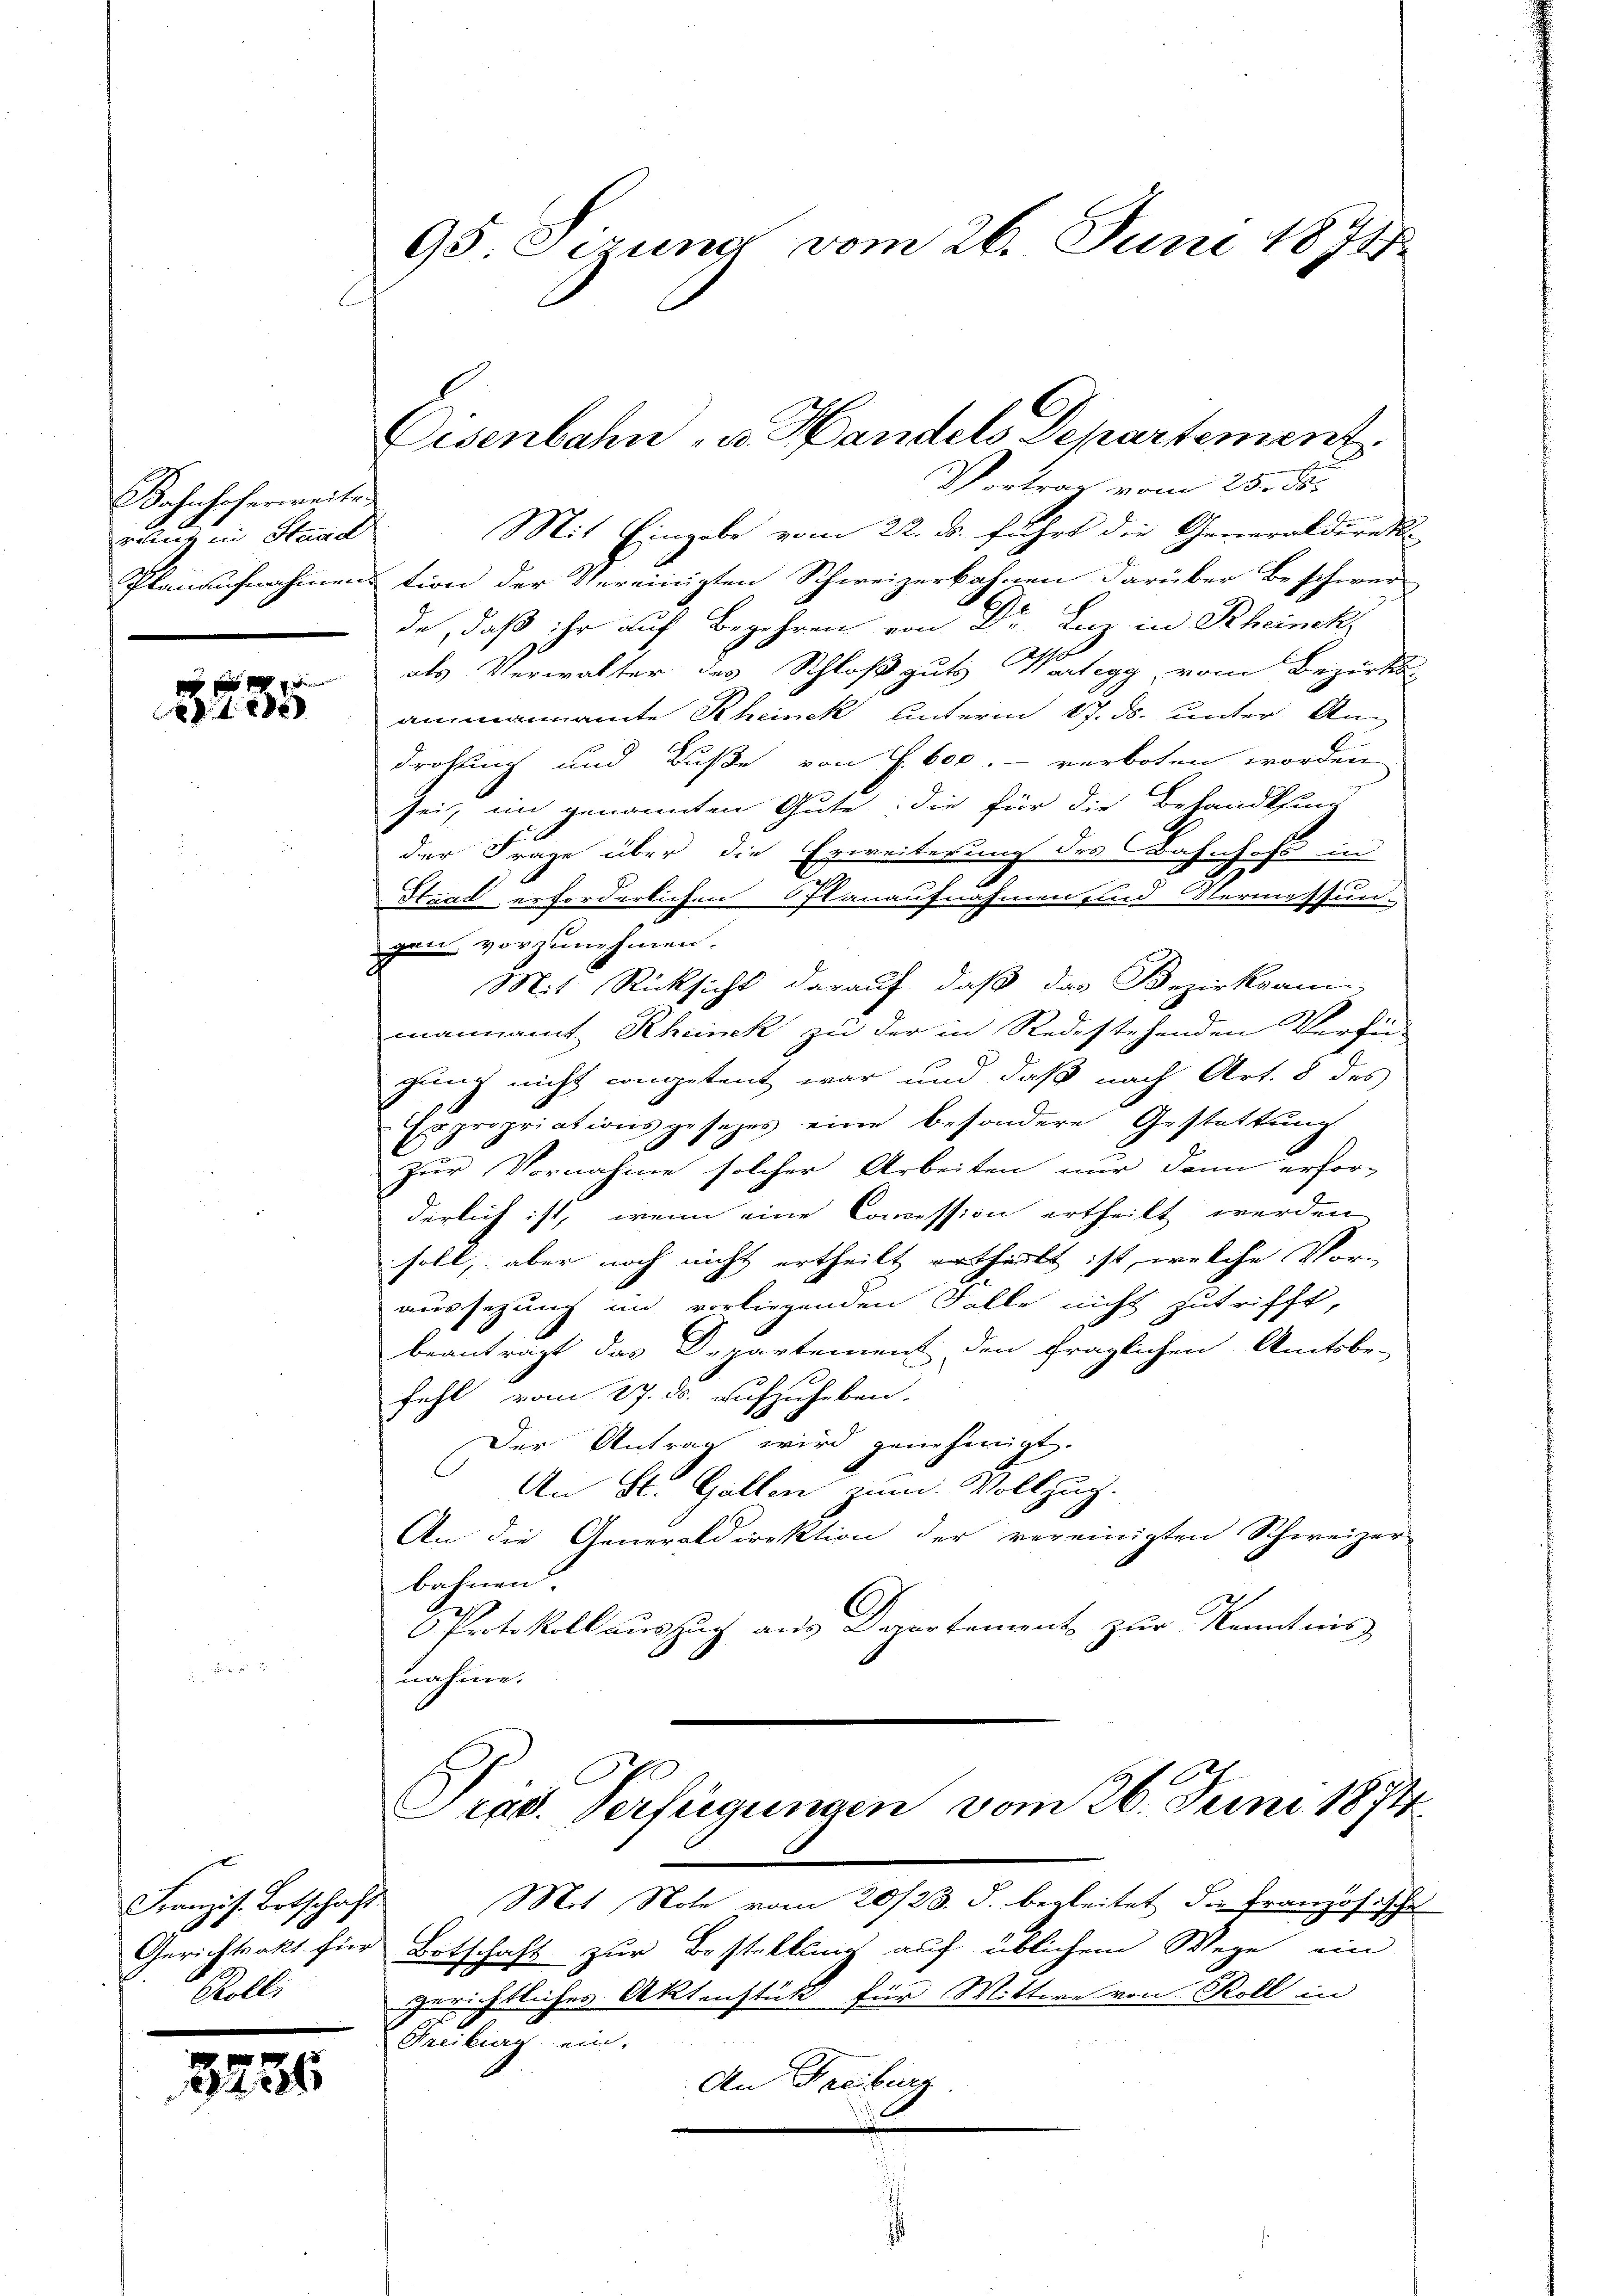
Bahnhoferweite
velle in Handl
Planeichnahmen.

f
 48 x

Franzis. Ortschaft
Gerichtsakt für
Polli

3254

95. Sezung vom 26. Juni 1871

Disenbahn u. Handels Departement

Vortrag vom 25. J
Mit Eingabe vom 22. ds. führt die Generaldirek
tion der Vereinigten Schweizerbahnen darüber Beschwer-
de, daß ihr auf Begehren von Dr. Le in Rheinck,
als Verwalter des Schloß guts Wertegg, vom Bezirks-
anmannamte Rheinek unterm 17. ds. unter Androhung und Buße von S. 600. verboten worden
sei, im genannten Gute, die für die Behandlung
der Frage über die Erweiterung des Bahnhofs in
Stzad erforderlichen Planaufnahmen in vermissun
gen vorzunehmen.
Mit Rücksicht darauf, daß das Bezirksam
mannamt Rheinek zu der in Redestehenden Verfügung nicht competent war und daß nach Art. 8 des
Expropriationsgesetzes eine besondere Gestattŭng
zur Vornahme solcher Arbeiten nur dann erfor-
derlich ist, wenn eine Commission ertheilt werden
soll, aber noch nicht ertheilt ertheilt ist, welche Voraussetzung im vorliegenden Falle nicht zutrifft,
beantragt das Departement den fraglichen Amtsbe-
fehl vom 27. ds. aufzuheben.
Der Antrag wird genehmigt.
An St. Gallen zum Vollzug.
An die Generaldirektion der vereinigten Schweizer-
bahnen
C
Protokoll auszug aus Daartement zur Kenntnis
nahme.
Prad. Verfügungen vom 26. Juni 1874
Mit Note vom 20/23. J. begleitet die Französische
Botschaft zur Bestellung auf üblichem Wege ein
gerichtliches Aktenstück für Wittwe von Roll in
Freiburg ein.
An Freiburg